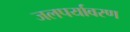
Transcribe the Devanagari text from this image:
जलपर्यावरण